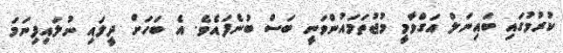
ކުރުމުގައި ބައިނަލް އަގްވާމީ މުޖުތަމައުންވަނީ ބަސް ބުނެފައެވެ. އެ ބަހަށް ދީލައި ނުލައިފިނަމަ